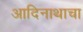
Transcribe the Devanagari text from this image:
आदिनाथाचा